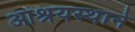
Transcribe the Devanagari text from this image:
आश्रयस्थाने